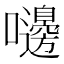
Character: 𪢥